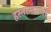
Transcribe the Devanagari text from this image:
हस्तान्तरणों